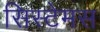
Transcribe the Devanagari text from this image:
सिस्टेमस